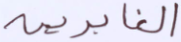
الغابرين